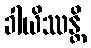
ခါယိဿန္တိ